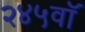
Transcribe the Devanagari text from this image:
२४५वॉ